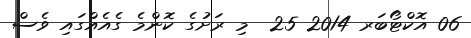
06 އޮކްޓޯބަރ 2014 25  މި ރަށުގެ ކޮންމެ ގެއެއްގައި ވެސް